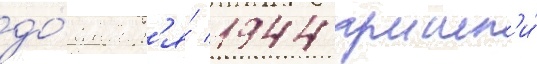
до́ январ'я́ 1944 прошл'и́